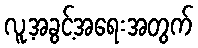
လူ့အခွင့်အရေးအတွက်